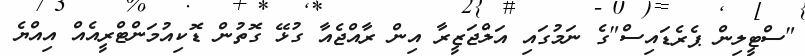
"ސްޓީލިން ޕެރެޑައިސް"ގެ ނަމުގައި އަލްޖަޒީރާ އިން ރާއްޖެއާ ގުޅޭ ގޮތުން ޑޮކިއުމަންޓްރީއެއް އިއްޔެ